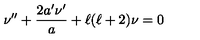
\nu ^ { \prime \prime } + \frac { 2 a ^ { \prime } \nu ^ { \prime } } { a } + \ell ( \ell + 2 ) \nu = 0